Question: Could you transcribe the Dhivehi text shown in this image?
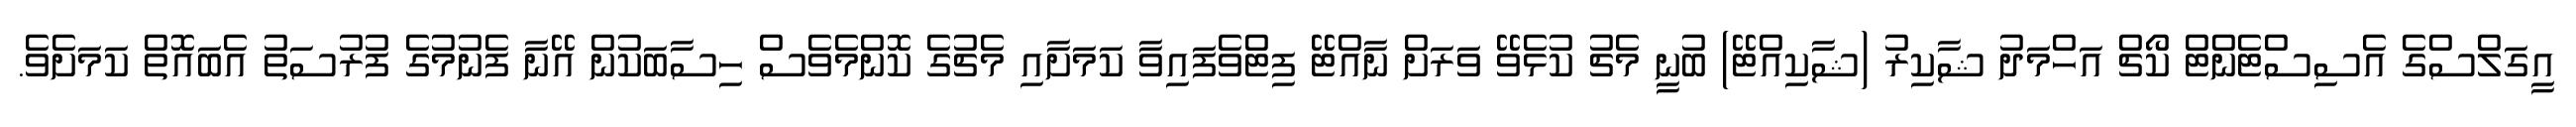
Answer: އީގަލްސްގެ އެސިސްޓެންޓް ކޯޗް އަހްމަދު ޝާކިރު (ޝާކިއްޓޭ) ބުނީ މެޗު ކުޅެވޭ ވަރަށް ނާއްޓޭ ފިޓްވެފައިވާ ކަމަށާއި މެޗުގެ ކޮންމެވެސް ހިސާބަކުން އޭނާ ފެނުމުގެ ފުރުސަތު އެބައޮތް ކަމަށެވެ.